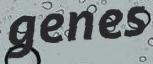
genes